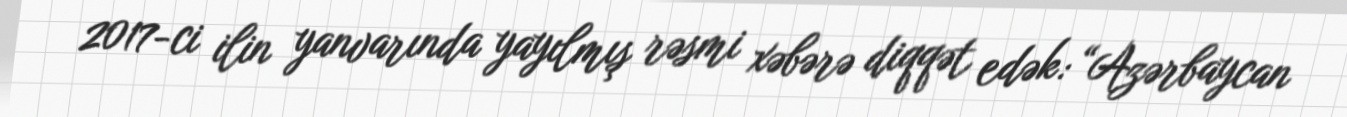
2017-ci ilin yanvarında yayılmış rəsmi xəbərə diqqət edək: “Azərbaycan